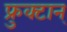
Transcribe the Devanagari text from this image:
फ्रुक्टान्